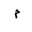
Letter: _mim